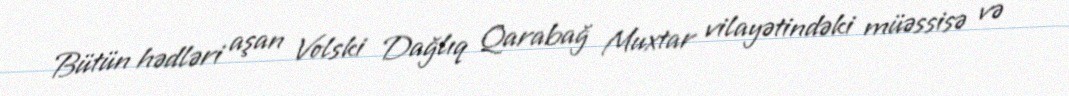
Bütün hədləri aşan Volski Dağlıq Qarabağ Muxtar vilayətindəki müəssisə və